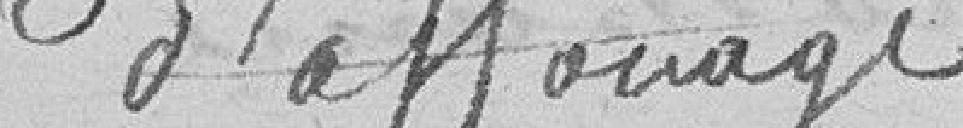
d'affouage